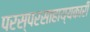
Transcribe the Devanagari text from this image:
परस्परसाहाय्यकारी